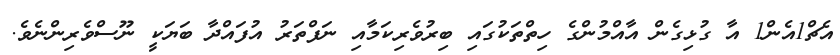
އެޗް1އެން1 އާ ގުޅިގެން އާއްމުންގެ ހިތްތަކުގައި ބިރުވެރިކަމާއި ނަފްތަރު އުފައްދާ ބަޔަކީ ނޫސްވެރިންނެވެ.